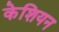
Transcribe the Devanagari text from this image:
केशियन